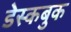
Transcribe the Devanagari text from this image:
डेस्कबुक